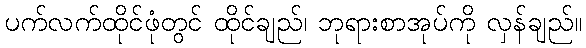
ပက်လက်ထိုင်ဖုံတွင် ထိုင်ချည်၊ ဘုရားစာအုပ်ကို လှန်ချည်။